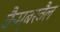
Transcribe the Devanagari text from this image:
कैम्बरवैल